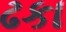
ઢકા